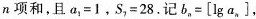
n项和，且$$a_{1}=1$$，$$S_{2}=28$$.记$$b_{n}=\left [ \lg a_{n} \right ]$$,